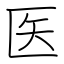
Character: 医